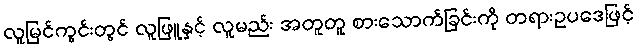
လူမြင်ကွင်းတွင် လူဖြူနှင့် လူမည်း အတူတူ စားသောက်ခြင်းကို တရားဥပဒေဖြင့်